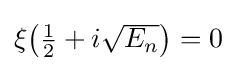
{\textstyle \xi {\left({\frac {1}{2}}+i{\sqrt {E_{n}}}\right)}=0}